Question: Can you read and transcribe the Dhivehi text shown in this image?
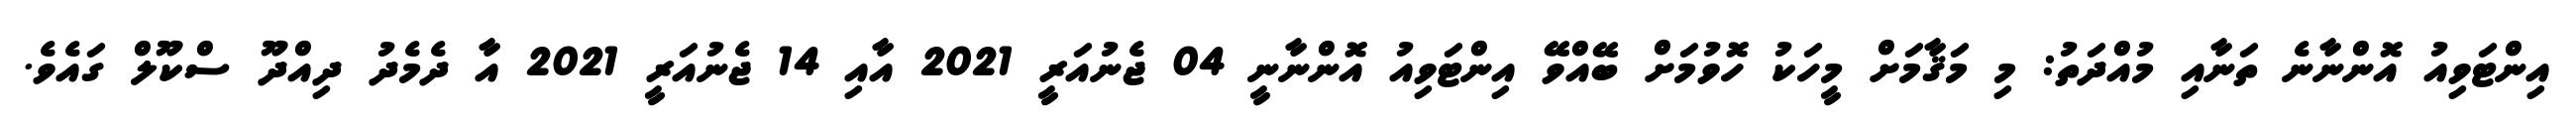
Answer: އިންޓަވިއު އޮންނާނެ ތަނާއި މުއްދަތު: މި މަޤާމަށް މީހަކު ހޮވުމަށް ބޭއްވޭ އިންޓަވިއު އޮންނާނީ 04 ޖެނުއަރީ 2021 އާއި 14 ޖެނުއަރީ 2021 އާ ދެމެދު ދިއްދޫ ސްކޫލް ގައެވެ.